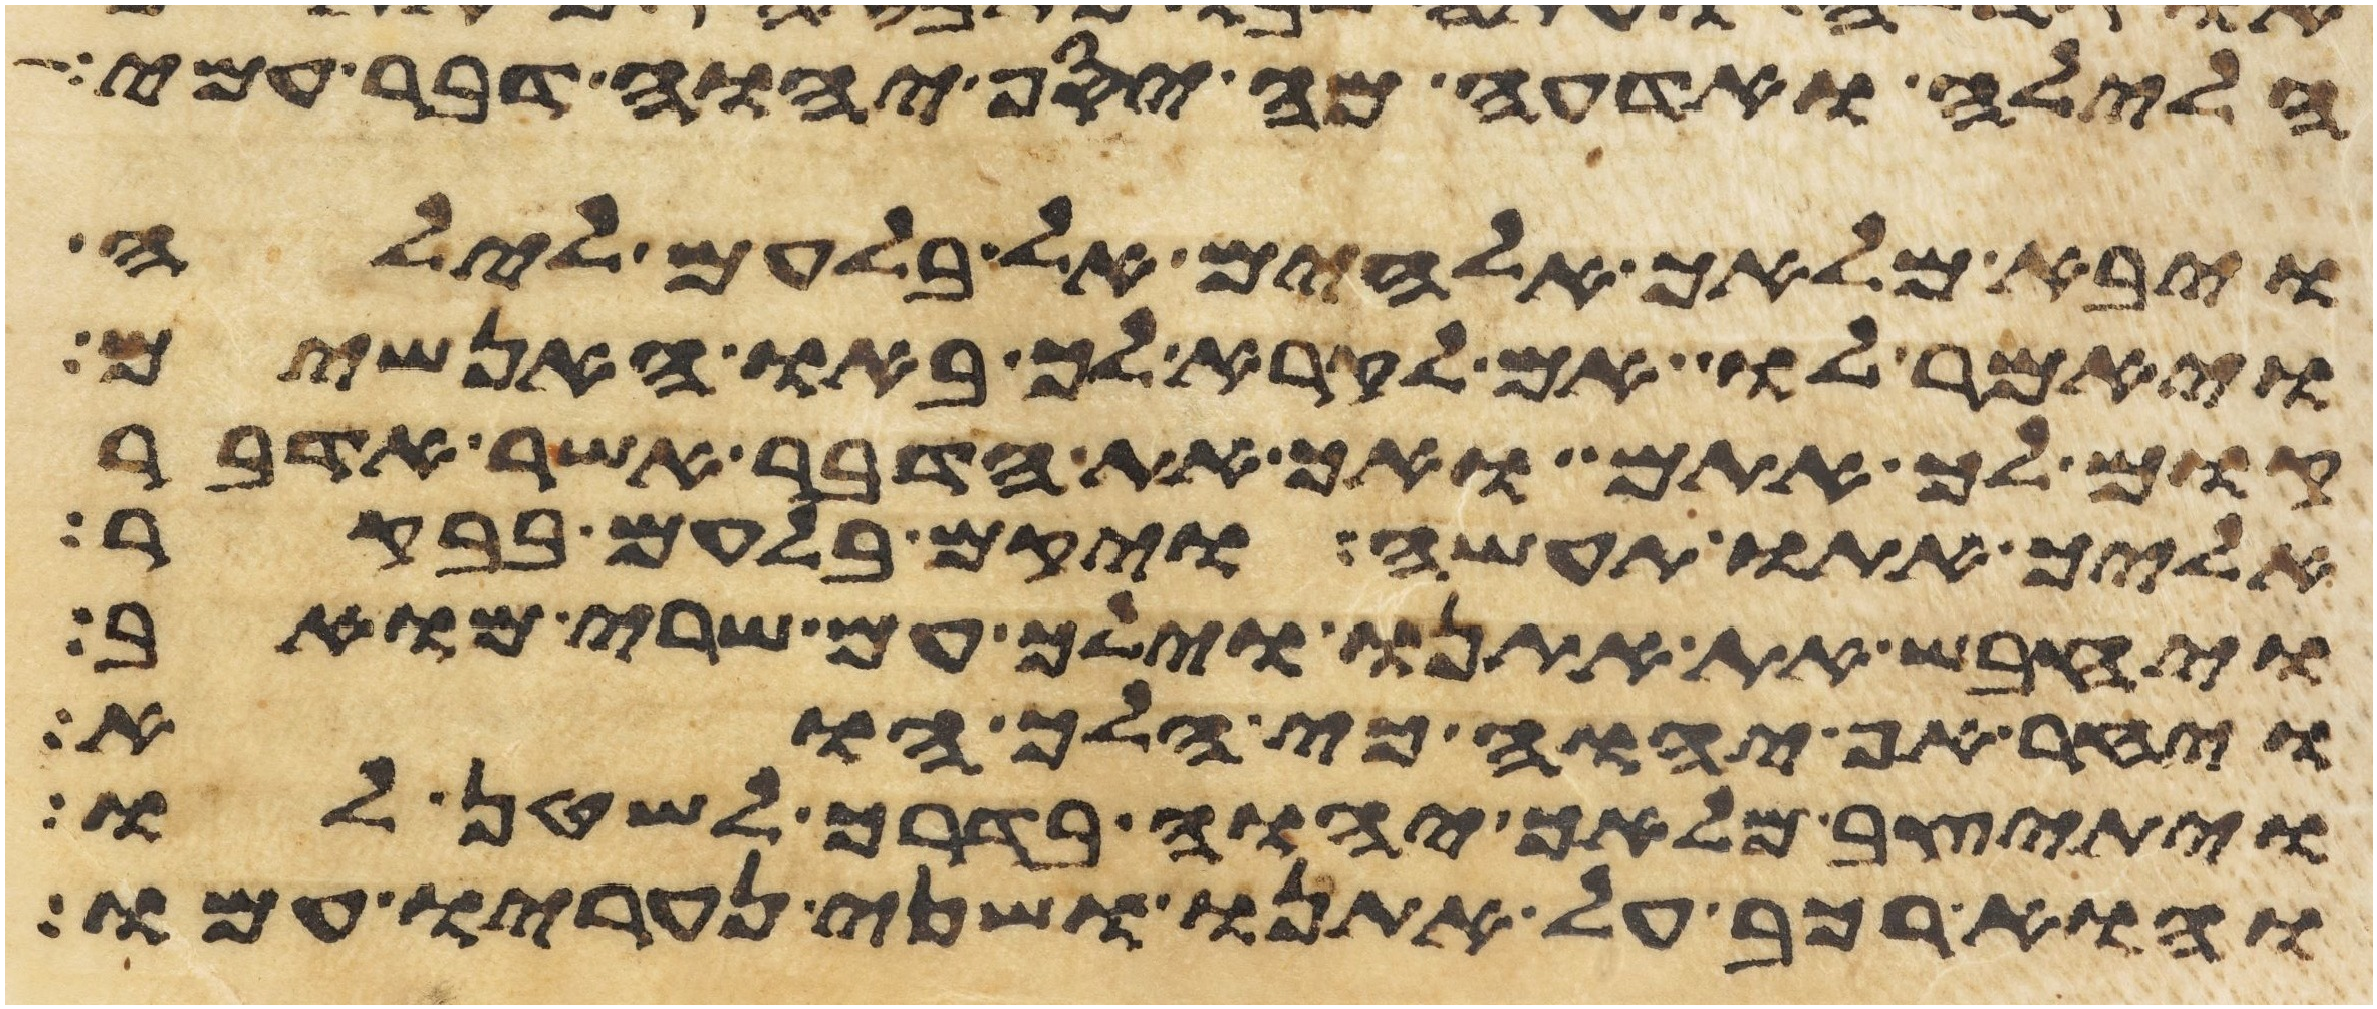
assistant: הלילה ואדעה מה יסף יהוה דבר עמי
ויבא מלאך אלהים אל בלעם לילה
ויאמר לו אם לקרא לך באו האנשים
קום לך אתם ואך את הדבר אשר אדבר
אליך אתו תעשה ויקם בלעם בבקר
ויחבש את אתנו וילך עם שרי מואב
ויחר אף יהוה כי הלך הוא
ויתיצב מלאך יהוה בדרך לשטן לו
והוא רכב על אתנו ושני נעריו עמו